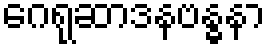
ဂေရုဆာဒနဗန္ဓနာ